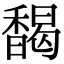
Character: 馤